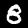
Digit: 8